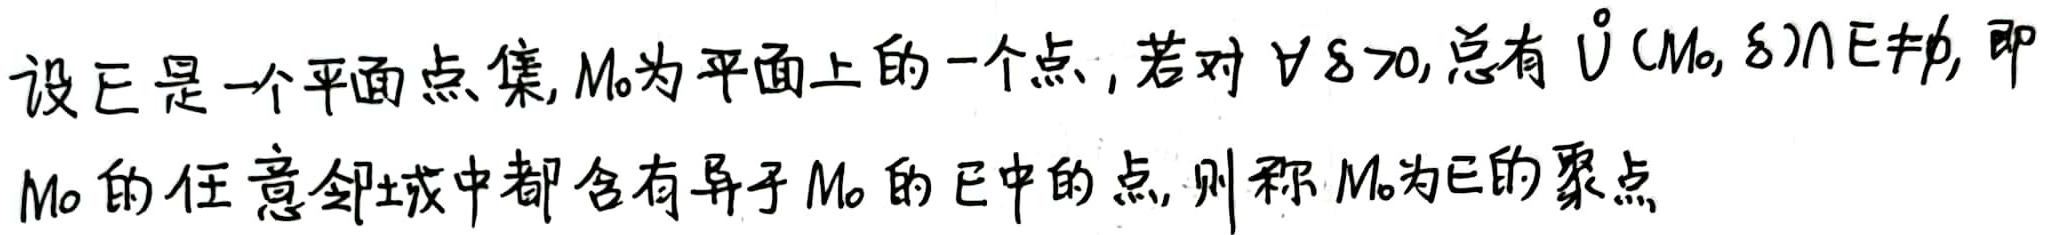
设$E$是一个平面点集,$M_0$为平面上的一个点, 若对$\forall \delta >0$, 总有 $\mathring{U}(M_0,\delta)\cap E\neq\varnothing$, 即$M_0$的任意邻域中都含有异于$M_0$的$E$中的点, 则称$M_0$为$E$的聚点